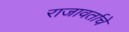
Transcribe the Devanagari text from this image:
राजावर्ताचे